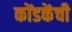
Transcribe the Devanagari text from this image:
कोंडकेंची